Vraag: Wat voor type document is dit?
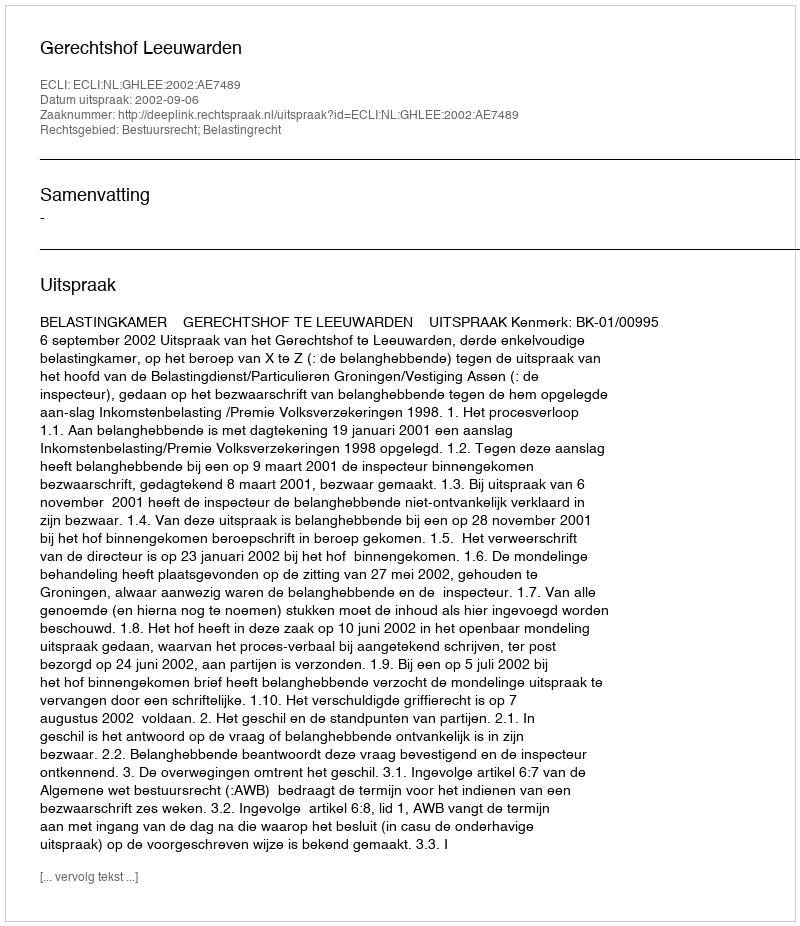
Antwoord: Uitspraak